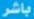
باشر